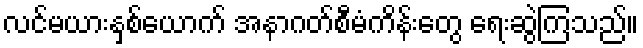
လင်မယားနှစ်ယောက် အနာဂတ်စီမံကိန်းတွေ ရေးဆွဲကြသည်။